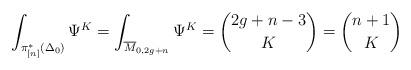
LaTeX: \begin{align*} \int_{\pi^*_{[n]}(\Delta_0)}\Psi^K= \int_{\overline{M}_{0,2g+n}}\Psi^K=\binom{2g+n-3}{K}=\binom{n+1}{K}\end{align*}